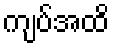
ကျပ်အထိ